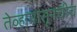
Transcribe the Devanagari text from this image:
तेव्हापासूनचीच